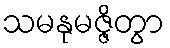
သမနုမဇ္ဇိတွာ